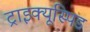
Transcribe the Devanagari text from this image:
ट्राइक्यूस्पिड